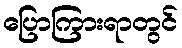
ပြောကြားရာတွင်